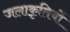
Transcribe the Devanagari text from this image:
जलाकृतियों